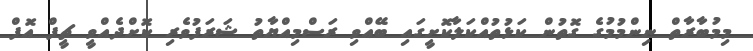
މިމުބާރާތް ނިންމުމުގެ ގޮތުން ކަޅުތުއްކަލާކޮށީގައި ބޭއްވި ރަސްމިއްޔާތު ޝަރަފުވެރި ކޮށްދެއްވީ ޗީފް އޮފް